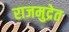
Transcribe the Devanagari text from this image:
राजमुद्रेत